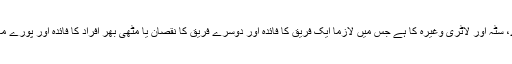
یہی حال قمار، جوے، سٹہ اور لاٹری وغیرہ کا ہے جس میں لازماً ایک فریق کا فائدہ اور دوسرے فریق کا نقصان یا مٹھی بھر افراد کا فائدہ اور پورے معاشرہ کا نقصان ہے۔